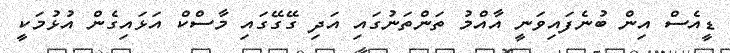
ޑީއެސް އިން ބުނެފައިވަނީ އާއްމު ތަންތަނުގައި އަދި ގޭގޭގައި މާސްކް އަޅައިގެން އުޅުމަކީ